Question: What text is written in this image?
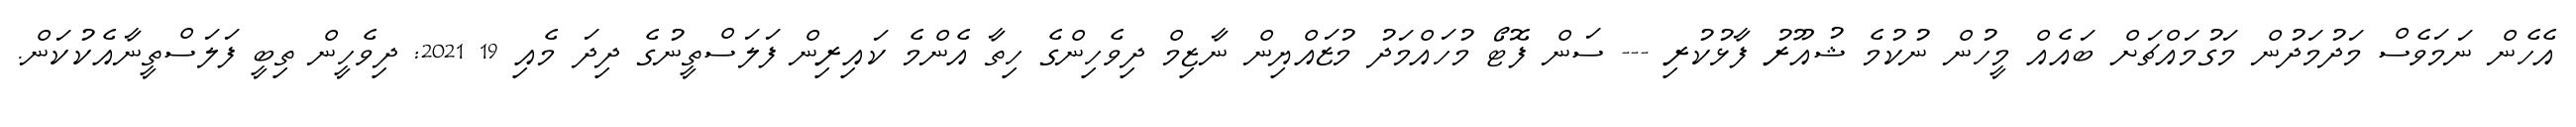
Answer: އެހެން ނަމަވެސް މަދުމަދުން މަގުމައްޗަށް ބައެއް މީހުން ނުކުމެ ޝުއޫރު ފާޅުކުރި --- ސަން ފޮޓޯ މުހައްމަދު މުޒައްޔިން ނާޒިމް ދިވެހިންގެ ހިތާ އެންމެ ކައިރިން ފަލަސްތީނުގެ ދިދަ މެއި 19 2021: ދިވެހީން ތިބީ ފަލަސްތީނާއެކުކަން.